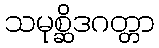
သမုစ္ဆိဒဂတ္တာ